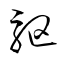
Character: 駆